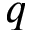
q